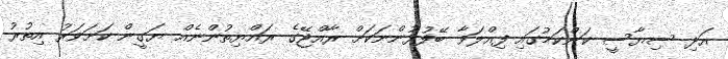
އަދި ސިޔާސީ ކަންކަމުގައި ފިއްލަވާ ބޭފުޅުންނަކަށް ރާއްޖޭގެ ރައްޔިތުންނެއް ޔަގީން ކަށަވަރު އިތުރު